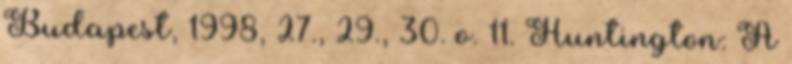
Budapest, 1998, 27., 29., 30. o. 11. Huntington: A